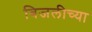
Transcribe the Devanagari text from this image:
बिजलीच्या